Vaccine operations Central Provinces 1900-1911 - 1900-1911
Year: 1900
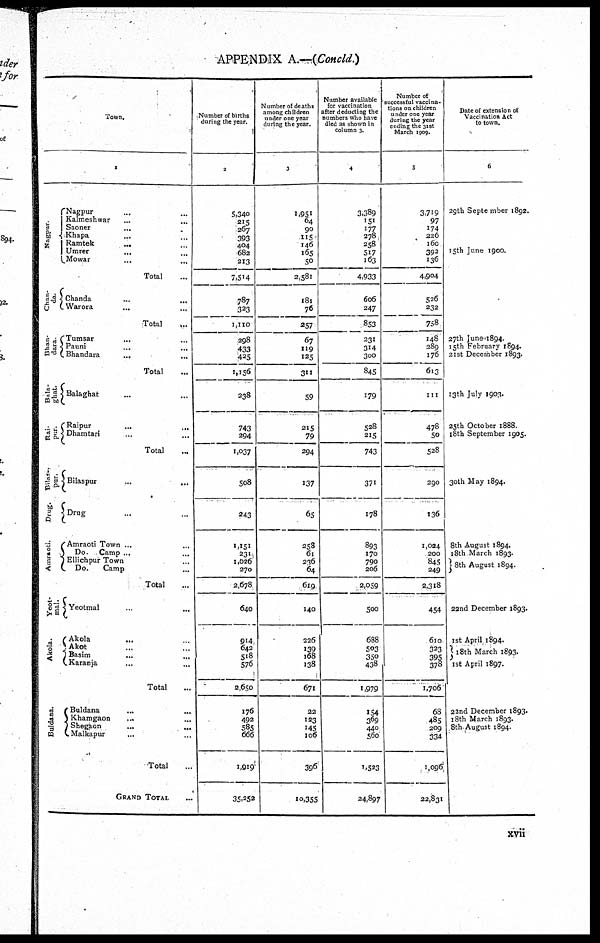
APPENDIX A.—(Concld.)
Town.
1
Nagpur.
Chan-
da.
Bhan-
dara
Bala-
ghat.
Rai-
pur
Bilas-
pur.
Drug.
Amraoti.
Yeot-
mal.
Akola.
Buldana.
Nagpur ... ...
Kalmeshwar ... ...
Saoner ... ...
Khapa ... ...
Ramtek
...
...
Umrer ... ...
Mowar
...
...
Total ...
Chanda
...
...
Warora ... ...
Total
...
Tumsar ... ...
Pauni ... ...
Bhandara ... ...
Total ...
Balaghat ... ...
Raipur
...
...
Dhamtari ... ...
Total ...
Bilaspur
...
...
Drug ... ...
Amraoti Town ... ...
Do. Camp ... ...
Ellichpur Town ... ...
Do.
Camp ... ...
Total ...
Yeotmal ... ...
Akola ... ...
Akot ... ...
Basim ... ...
Karanja
...
...
Total ...
Buldana ... ...
Khamgaon ... ...
Shegaon ... ...
Malkapur ... ...
Total ...
GRAND TOTAL ...
Number of births
during the year.
2
5,340
215
267
393
404
682
213
7,514
787
323
1,110
298
433
425
1,156
238
743
294
1,037
508
243
1,151
231
1,026
270
2,678
640
914
642
518
576
2,650
176
492
585
666
1,919
35,252
Number of death
among children
under one year
during the year.
3
I,951
64
90
115
146
165
50
2,581
181
76
257
67
119
125
311
59
215
79
294
137
65
258
61
236
64
619
140
226
139
168
138
671
22
123
145
106
396
10,355
Number available
for vaccination
after deducting the
numbers who have
died as shown in
column 3.
4
3,389
151
177
278
258
517
163
4,933
606
247
853
231
314
300
845
179
528
215
743
371
178
893
170
790
206
2,059
500
688
503
350
438
1,979
154
369
440
560
1,523
24,897
Number of
successful vaccina-
tions on children
under one year
during the year
ending the 31st
March 1909.
5
3,719
97
174
226
160
392
136
4,904
526
232
758
148
289
176
613
111
478
50
528
290
136
1,024
200
845
249
2,318
454
610
323
395
378
1,706
68
485
209
334
1,096
22,831
Date of extension of
Vaccination Act
to town.
6
29th September 1892.
15th June 1900.
27th June 1894.
15th February 1894.
21st December 1893.
13th July 1903.
25th October 1888.
18th September 1905.
30th May 1894.
8th August 1894.
18th March 1893.
8th August 1894.
22nd December 1893.
1st April 1894.
18th March 1893.
1st April 1897.
22nd December 1893.
18th March 1893.
8th August 1894.
xvii